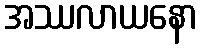
အဿလာယနော